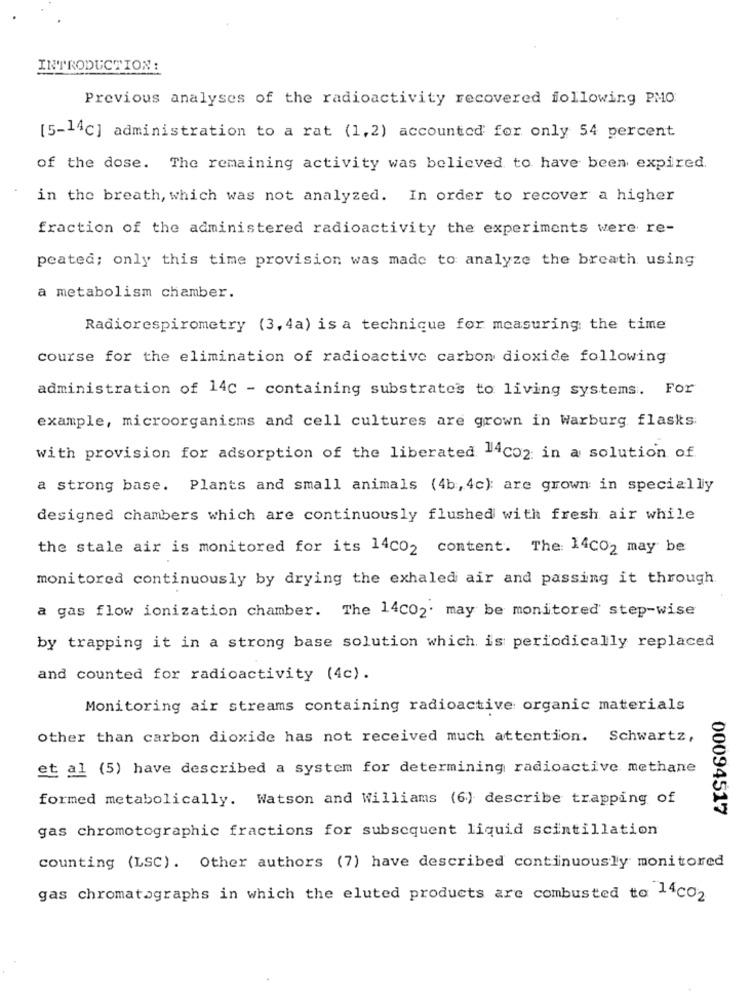
INTRODUCTION :
Previous analyses of the radioactivity recovered following PMO
[5-14℃] administration to a rat (1,2) accounted for only 54 percent
of the dose. The remaining activity was believed to have been expired.
in the breath, which was not analyzed. In order to recover a higher
fraction of the administered radioactivity the experiments were re-
peated; only this time provision was made to analyze the breath using
a metabolism chamber.
Radiorespirometry (3, 4a) is a technique for measuring the time
course for the elimination of radioactive carbon dioxide following
administration of 14c - containing substrates to living systems. For
example, microorganisms and cell cultures are grown in Warburg flasks
with provision for adsorption of the liberated 14co2 in a solution of
a strong base. Plants and small animals (4b, 4c): are grown in specially
designed chambers which are continuously flushed with fresh air while
the stale air is monitored for its 14c02 content. The: 14CO2 may be
monitored continuously by drying the exhaled air and passing it through.
a gas flow ionization chamber. The 14C02' may be monitored step-wise
by trapping it in a strong base solution which is periodically replaced
and counted for radioactivity (4c).
Monitoring air streams containing radioactive organic materials
other than carbon dioxide has not received much attention. Schwartz,
et al (5) have described a system for determining radioactive methane
formed metabolically. Watson and Williams (6) describe trapping of
00094517
gas chromotographic fractions for subsequent liquid scintillation
counting (LSC). Other authors (7) have described continuously monitored
gas chromatographs in which the eluted products are combusted to 14co2